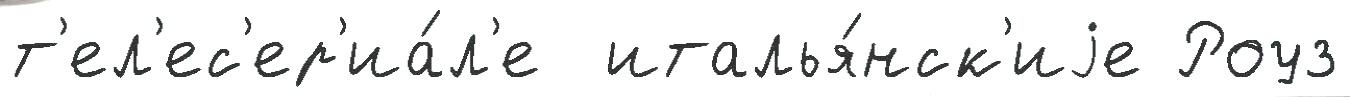
т'ел'ес'ер'иа́л'е  италья́нск'иjе Роуз